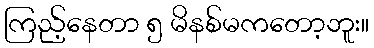
ကြည့်နေတာ ၅ မိနစ်မကတော့ဘူး။